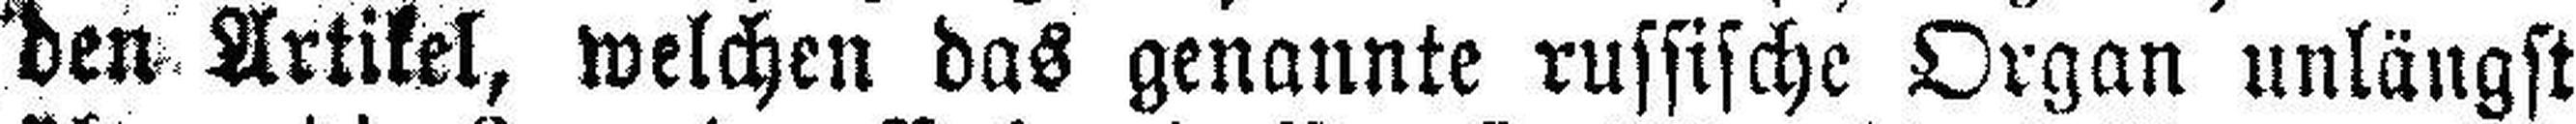
den Artikel, welchen das genannte russische Organ unlängst